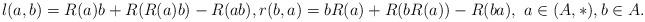
LaTeX: \begin{align*}l (a, b ) = R(a) b + R ( R(a) b) - R ( ab ), r (b, a) = b R(a) + R (b R(a)) - R ( ba), ~ a \in (A, *), b \in A.\end{align*}